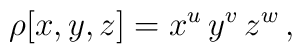
\rho[x,y,z] = x^u\,y^v\,z^w\,,